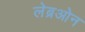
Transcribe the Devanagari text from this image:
लेब्रओन